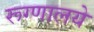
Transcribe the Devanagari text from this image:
रूग्णालये